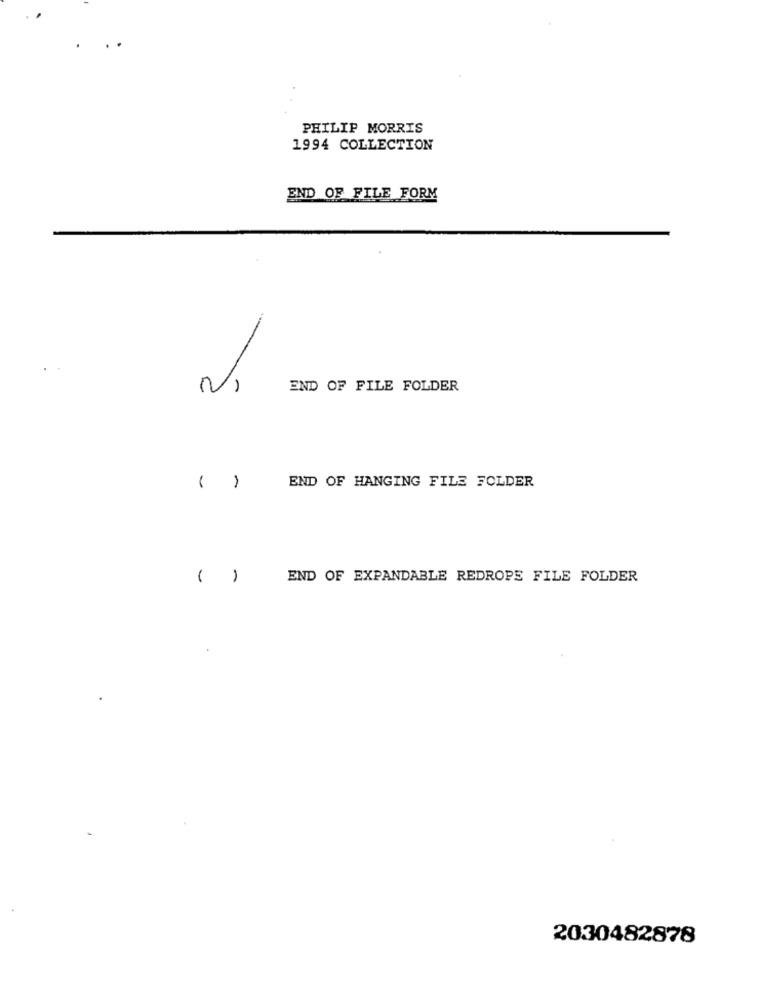
PHILIP MORRIS
1994 COLLECTION
END OF FILE FORM
NI
END OF FILE FOLDER
END OF HANGING FILE FOLDER
( )
( )
END OF EXPANDABLE REDROPE FILE FOLDER
2030482878